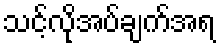
သင့်လိုအပ်ချက်အရ